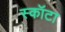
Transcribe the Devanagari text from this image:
स्कॉटा